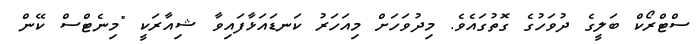
ސްޓްރޯކް ބަލީގެ ދުވަހުގެ ގޮތުގައެވެ. މިދުވަހަށް މިއަހަރު ކަނޑައަޅާފައިވާ ޝިއާރަކީ "މިނެޓްސް ކޭން